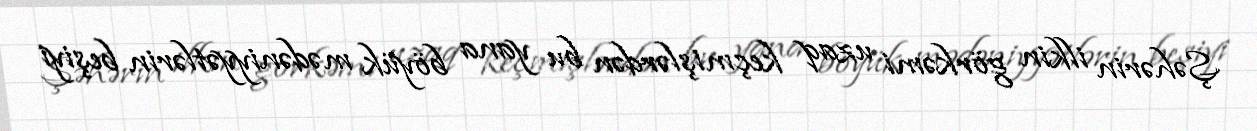
Şəhərin ilkin görkəmi uzaq keçmişlərdən bu yana böyük mədəniyyətlərin beşiyi